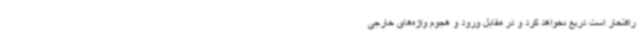
رافتخار است دریغ نخواهد کرد و در مقابل ورود و هجوم واژه‌های خارجی